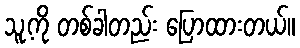
သူ့ကို တစ်ခါတည်း ပြောထားတယ်။